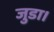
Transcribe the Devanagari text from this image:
जुडा।